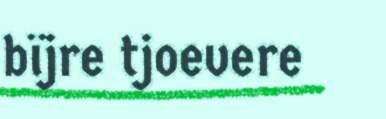
bïjre tjoevere